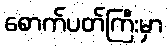
စောက်ပတ်ကြီးမှာ